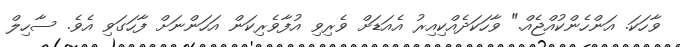
ވާހަކަ. އަންހެންކުއްޖެއް." ވާހަކަދެއްކިއިރު އެއަޑަށް ވެރިވި އުފާވެރިކަން އަހަންނަށް ފާހަގަވި އެވެ. ސާހިލް